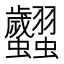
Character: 𧖢